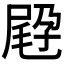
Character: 𡲪